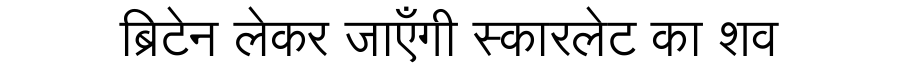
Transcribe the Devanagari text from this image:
ब्रिटेन लेकर जाएँगी स्कारलेट का शव